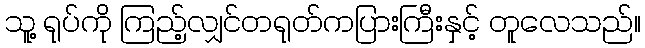
သူ့ ရုပ်ကို ကြည့်လျှင်တရုတ်ကပြားကြီးနှင့် တူလေသည်။